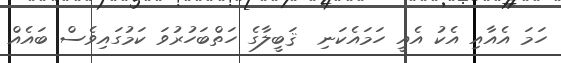
ހަމަ އެއާއި އެކު އެއީ ހަމައެކަނި  ޤަބީލާގެ ހަތްބަހުރުވަ ކަމުގައިވެސް ބައެއް